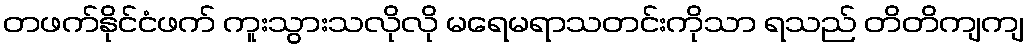
တဖက်နိုင်ငံဖက် ကူးသွားသလိုလို မရေမရာသတင်းကိုသာ ရသည် တိတိကျကျ